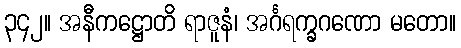
၃၄၂။ အနီကဋ္ဌောတိ ရာဇူနံ၊ အင်္ဂရက္ခဂဏော မတော။